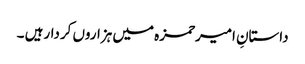
داستانِ امیرحمزہ میں ہزاروں کردارہیں ۔